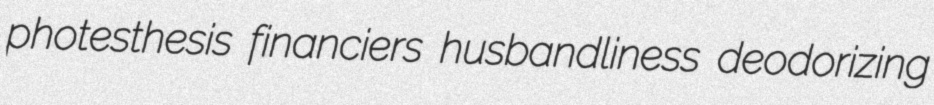
photesthesis financiers husbandliness deodorizing